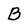
Character: B